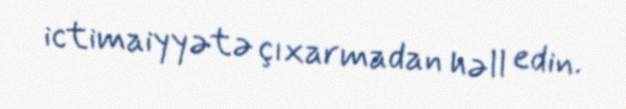
ictimaiyyətə çıxarmadan həll edin.